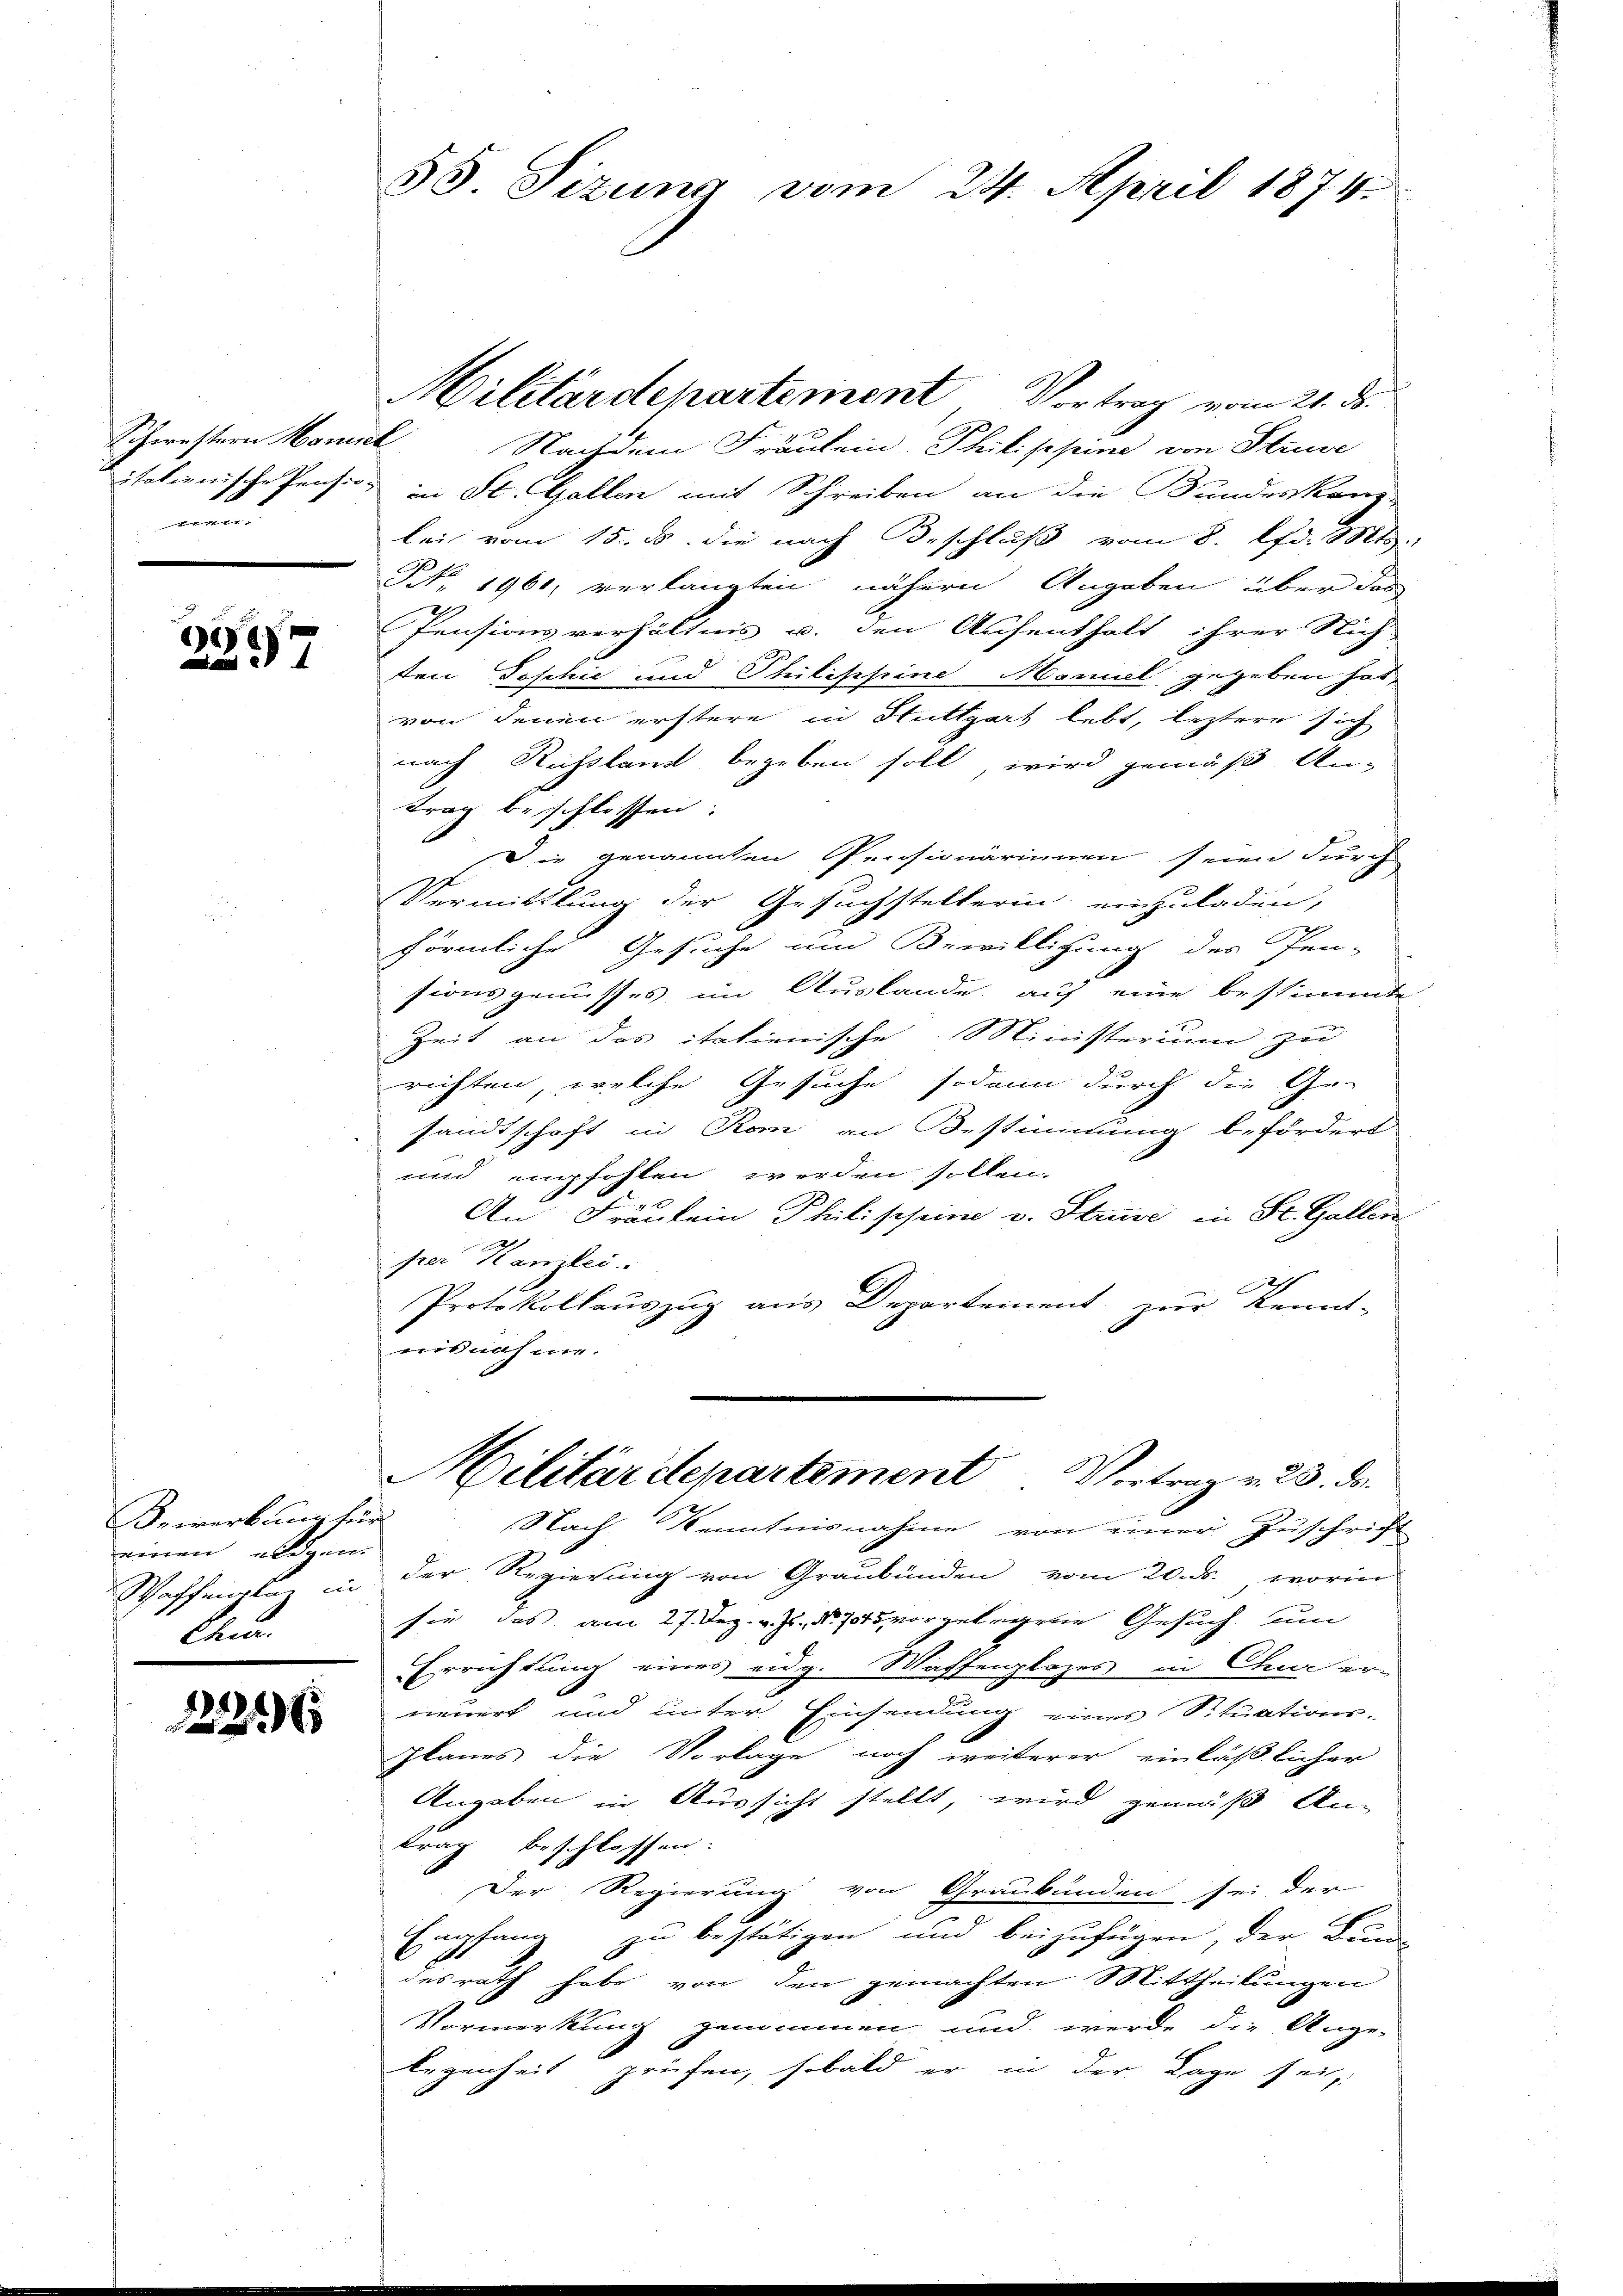
1

e
7

Bewerkung für
einen eidgen.
Chu

226

58. Sizung vom 24. April 1874.

Militärdepartement Vortrag vom 21. ds.
Schwestern Manick Nachdem Fräulein Philippine von Strude
italienische Pension in St. Gallen mit Schreiben an die Bundeskanz-
lei vom 15. ds. die nach Beschluß vom 8. lfd. Mts.
NNo. 1960, verlangten nähern Angaben über das
Pensionsverhältnis u. den Aufenthalt ihrer Nich
ten Joschie und Philippine Momil gegeben hat,
von denen erstere in Stuttgart lebt, leztere sich
nach Russland begeben soll, wird gemäß An-
trag beschlossen:
Die genannten Pensionärinnen seien durch
Vermittlung der Gesuchstellerin einzuladen,
förmliche Gesuche um Bewilligung des Pen-
sionsgenusses im Auslande auf eine bestimmte
Zeit an das italienische Ministerium zu
richten, welche Gesuche sodann durch die Ge-
sandtschaft in Rom an Bestimmung befördert
und empfohlen werden sollen.
An Fräulein Philippin v. Struve, in St. Gallen
per Kanlei
Protokollaŭszŭg aŭs Departement zŭr Kennt-
misnahme.
Militärdepartement Vortrag v. 23. ds.
Nach Kenntnisnahme von einer Zuschricht
Waffenbar in der Regierŭng von Graubünden vom 20. ds. worin
sie das am 27. Dez. v. Js., No 715 vorgelegene Gesuch um
Errichtung eines eidg. Waffenplazes in Chur er-
neuert und unter Einsendung eines Situations-
Ilanes die Vorlage noch weiterer einläßlicher
Angaben in Aussicht stellt, wird gemäß An-
trag beschlossen:
Der Regierung von Graubünden sei der
Empfang zu bestätigen und beizufügen, der Bun
des rath habe von den gemachten Mittheilungen
Vormerkung genommen und werde die Ange-
legenheit prüfen, sobald er in der Lage sei